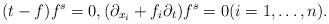
LaTeX: \begin{align*}(t-f)f^s = 0,(\partial_{x_i} + f_i\partial_t)f^s = 0 (i=1,\dots,n). \end{align*}